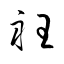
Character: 衽